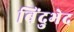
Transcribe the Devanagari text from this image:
बिंदुभेद